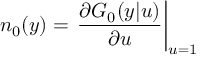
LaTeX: n _ { 0 } ( y ) = \left. \frac { \partial G _ { 0 } ( y | u ) } { \partial u } \right| _ { u = 1 }